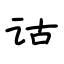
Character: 诂